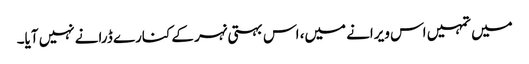
میں تمہیں اس ویرانے میں، اس بہتی نہر کے کنارے ڈرانے نہیں آیا۔